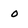
Character: o